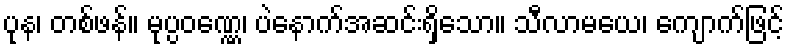
ပုန၊ တစ်ဖန်။ မုပ္ပဝဏ္ဏေ၊ ပဲနောက်အဆင်းရှိသော။ သီလာမယေ၊ ကျောက်ဖြင့်